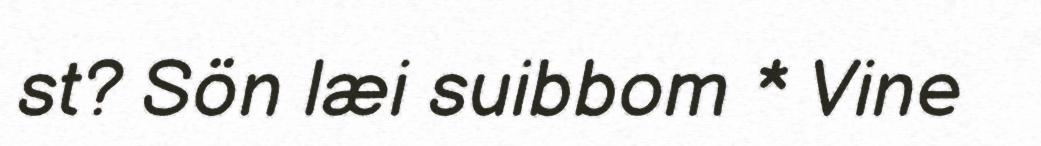
st? Sön læi suibbom * Vine